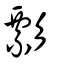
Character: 彯